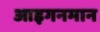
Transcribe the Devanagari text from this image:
आइगनमान